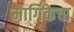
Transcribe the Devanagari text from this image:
मार्गिकेचा